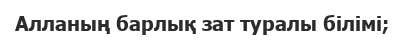
Алланың барлық зат туралы білімі;